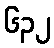
၆၃၂